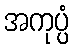
အကုပ္ပံ